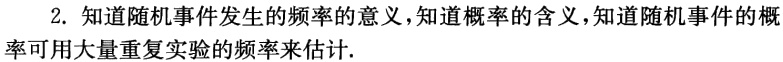
2. 知道随机事件发生的频率的意义，知道概率的含义，知道随机事件的概率可用大量重复实验的频率来估计.